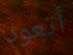
أتعود